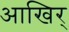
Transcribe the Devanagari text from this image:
आखिर्